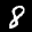
Label: 8